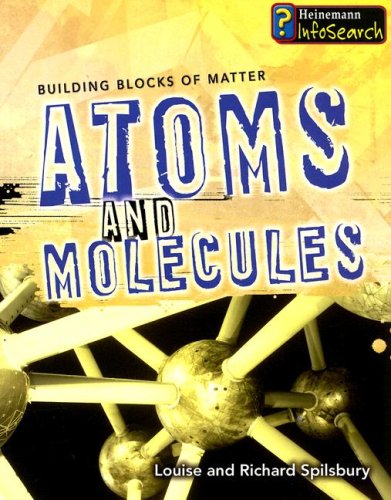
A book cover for Atoms and Molecules (Building Blocks of Matter); Richard Spilsbury; Children's Books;